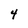
Character: 4